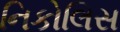
નિકોલિસ